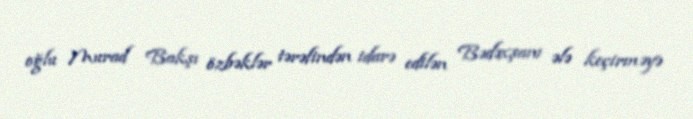
oğlu Murad Bakşı özbəklər tərəfindən idarə edilən Bədəxşanı ələ keçirməyə